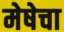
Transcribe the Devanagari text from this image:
मेषेचा